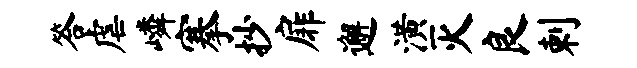
答虐嶙搴抄扉邂潢灭良剌